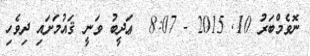
ނޮވެމްބަރު 10